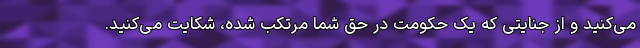
می‌کنید و از جنایتی که یک حکومت در حق شما مرتکب شده، شکایت می‌کنید.